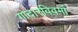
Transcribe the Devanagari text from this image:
गोदारविवर्मा